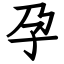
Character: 孕